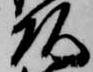
頭